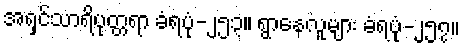
အရှင်သာရိပုတ္တရာ ခံရပုံ-၂၅၃။ ရွာနေလူများ ခံရပုံ-၂၅၇။